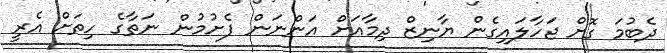
ދެބުމަ ގޮށް ޖަހާލައިގެން ޔާނިޒް ދިމާއަށް އަންނަން ފެށުމުން ނަތާގެ ހިތަށް އެރީ